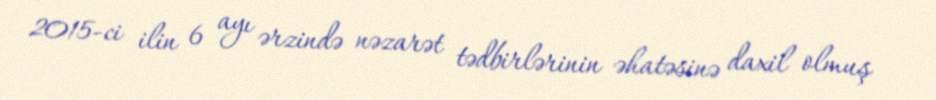
2015-ci ilin 6 ayı ərzində nəzarət tədbirlərinin əhatəsinə daxil olmuş